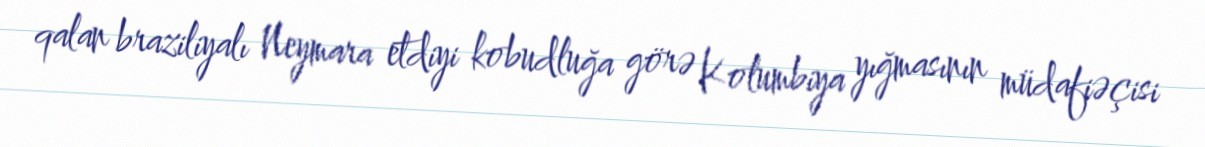
qalan braziliyalı Neymara etdiyi kobudluğa görə Kolumbiya yığmasının müdafiəçisi